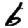
Digit: 6